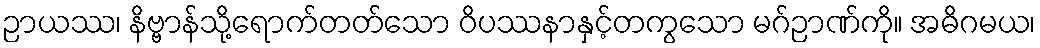
ဉာယဿ၊ နိဗ္ဗာန်သို့ရောက်တတ်သော ဝိပဿနာနှင့်တကွသော မဂ်ဉာဏ်ကို။ အဓိဂမယ၊